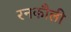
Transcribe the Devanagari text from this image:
रनकौली